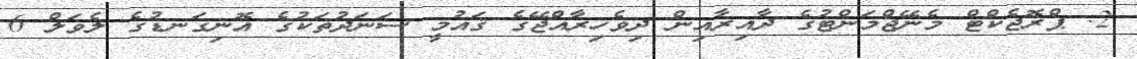
2. ޕްރޮޖެކްޓް މެނޭޖްމަންޓުގެ ދާއިރާއިން ދިވެހިރާއްޖޭގެ ޤައުމީ ސަނަދުތަކުގެ އޮނިގަނޑުގެ ލެވަލް 6